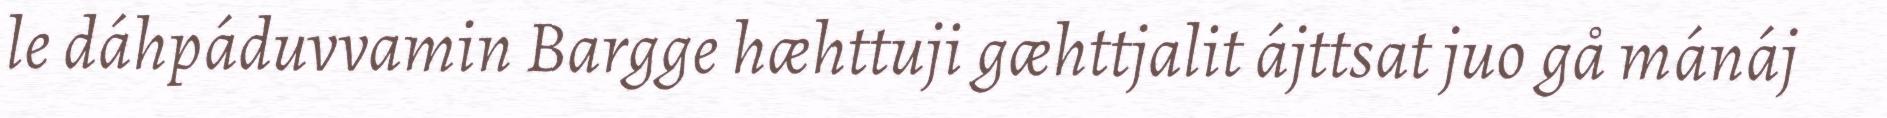
le dáhpáduvvamin Bargge hæhttuji gæhttjalit ájttsat juo gå mánáj